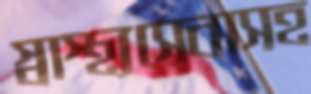
স্বাস্থ্যসেবাসহ